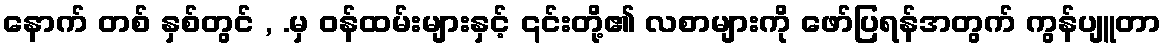
နောက် တစ် နှစ်တွင် , .မှ ဝန်ထမ်းများနှင့် ၎င်းတို့၏ လစာများကို ဖော်ပြရန်အတွက် ကွန်ပျူတာ